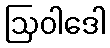
ဩဝါဒေါ